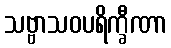
သဗ္ဗာသဝပရိက္ခီဏာ